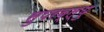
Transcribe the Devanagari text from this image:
सुपरब्ल्यु